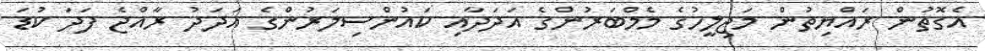
އެގޮތުން ރައްޔިތުން މަޖިލީހުގެ މެމްބަރުންގެ އަދަދާއި ކައުންސިލަރުންގެ އަދަދު ރާއްޖެ ފަދަ ކުޑަ